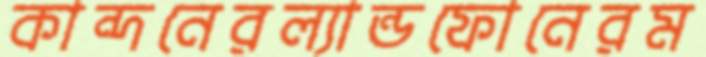
কান্দনেরল্যান্ডফোনেরম